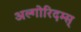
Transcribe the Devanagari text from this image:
अल्गोरिदम्स्